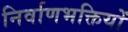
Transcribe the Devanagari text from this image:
निर्वाणभक्तियों